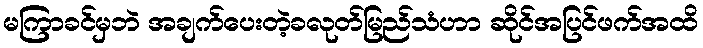
မကြာခင်မှဘဲ အချက်ပေးတဲ့ခလုတ်မြည်သံဟာ ဆိုင်အပြင်ဖက်အထိ